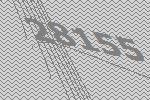
28155